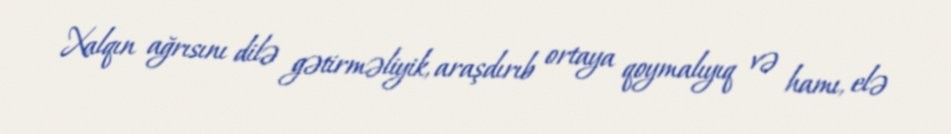
Xalqın ağrısını dilə gətirməliyik, araşdırıb ortaya qoymalıyıq və hamı, elə